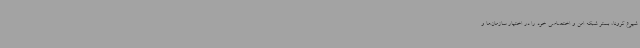
شیوع کرونا، بستر شبکه امن و اختصاصی خود را در اختیار سازمان‌ها و